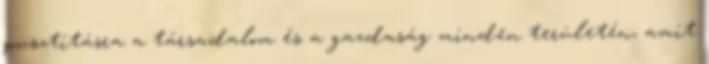
pusztításra a társadalom és a gazdaság minden területén, amit